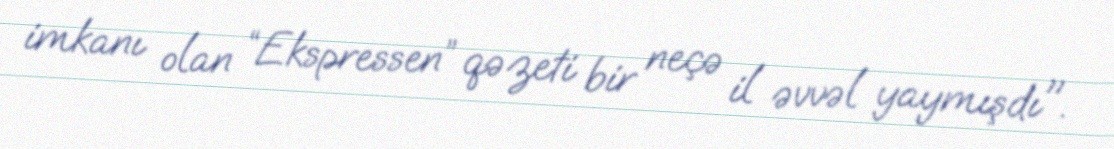
imkanı olan “Ekspressen” qəzeti bir neçə il əvvəl yaymışdı".